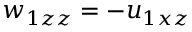
w _ { 1 z z } = - u _ { 1 x z }